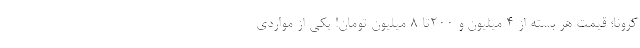
کرونا؛ قیمت هر بسته از ۴ میلیون و ۲۰۰تا ۸ میلیون تومان! یکی از مواردی